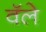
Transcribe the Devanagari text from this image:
वॅले